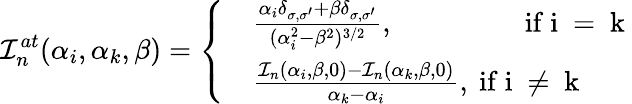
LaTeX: \mathcal{I}_{n}^{at}(\alpha_{i},\alpha_{k},\beta)=\left\lbrace\begin{array}{rl}&{\frac{\alpha_{i}\delta_{\sigma,\sigma^{\prime}}+\beta\delta_{\sigma,\sigma^{\prime}}}{(\alpha_{i}^{2}-\beta^{2})^{3/2}},\mathrm{\, \, \, \, \, \, \, \, \, \, \, \, \, \, \, \, \, \, \, \, \, \, \, \, \, \, ~if~i~=~k~}}\\ &{\frac{\mathcal{I}_{n}(\alpha_{i},\beta,0)-\mathcal{I}_{n}(\alpha_{k},\beta,0)}{\alpha_{k}-\alpha_{i}},\mathrm{~if~i~\neq~k~}}\end{array}\right.